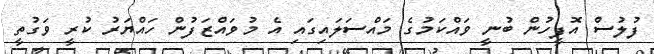
ފުލުސް އޮފީހުން ބުނީ ވައްކަމުގެ މައްސަލައިގައި އެ މުވައްޒަފުން ހައްޔަރު ކުރީ ވަގުތީ